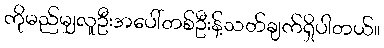
ကိုမည်မျှလူဦးအပေါ်တစ်ဦးန့်သတ်ချက်ရှိပါတယ်။